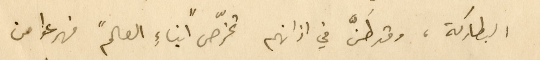
البطاركة، وقد طَنَّ في اذانهم تخرّص "ابناء العالم" فهرعوا من